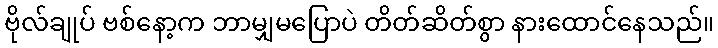
ဗိုလ်ချုပ် ဗစ်နော့က ဘာမျှမပြောပဲ တိတ်ဆိတ်စွာ နားထောင်နေသည်။